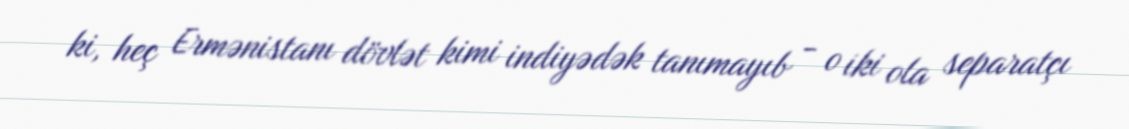
ki, heç Ermənistanı dövlət kimi indiyədək tanımayıb - o iki ola separatçı